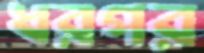
ধরপর